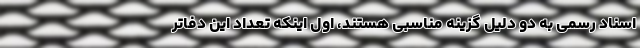
اسناد رسمی به دو دلیل گزینه مناسبی هستند، اول اینکه تعداد این دفاتر